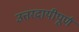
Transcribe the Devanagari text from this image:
उत्तरदायीपूर्ण